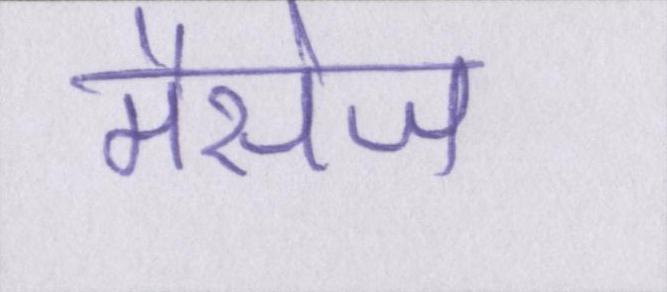
मैसेज